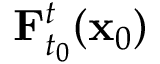
\mathbf { F } _ { t _ { 0 } } ^ { t } ( \mathbf { x } _ { 0 } )